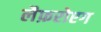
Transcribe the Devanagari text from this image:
लैफ़रोएग